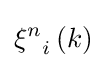
{{\xi }^{n}}_{i}\left(k\right)